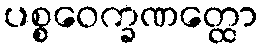
ပစ္စဝေက္ခဏတ္ထော